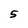
Character: S